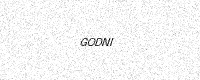
Text: GODNI